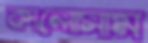
কালোসাম